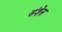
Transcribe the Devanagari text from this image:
संज्ञेस